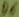
Text: D6